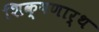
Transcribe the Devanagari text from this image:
शिक्षणार्थ